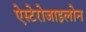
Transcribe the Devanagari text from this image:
ऐस्टेरोजाइलोन